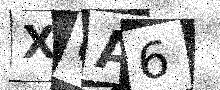
Text: X0A6